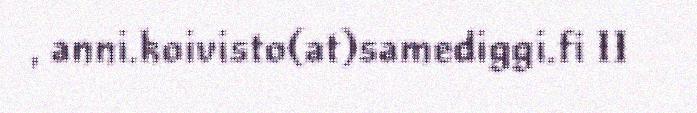
, anni.koivisto(at)samediggi.fi II